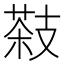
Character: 𦷨